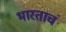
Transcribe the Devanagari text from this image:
भारताचं